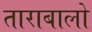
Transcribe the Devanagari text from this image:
ताराबालो